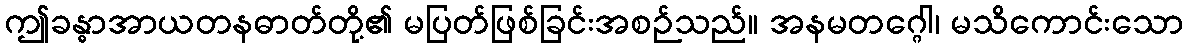
ဤခန္ဓာအာယတနဓာတ်တို့၏ မပြတ်ဖြစ်ခြင်းအစဉ်သည်။ အနမတဂ္ဂေါ၊ မသိကောင်းသော